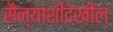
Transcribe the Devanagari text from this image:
सैन्याशीदेखील